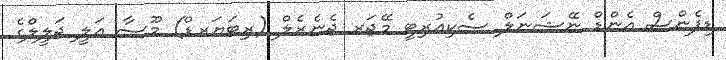
ޑިފެންސް އެންޑް ނޭޝަނަލް ސެކިއުރިޓީ މޭޖަރ ޖެނެރެލް (ރިޓަޔަރޑް) މޫސާ އަލީ ޖަލީލްގެ